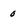
Character: 0